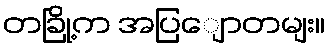
တခြို့က အပြျောတမျး။